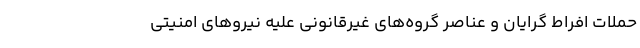
حملات افراط گرایان و عناصر گروه‌های غیرقانونی علیه نیروهای امنیتی